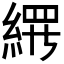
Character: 𬗢